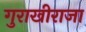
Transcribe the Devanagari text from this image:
गुराखीराजा